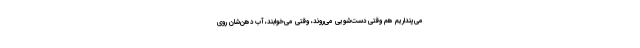
می‌پنداریم هم وقتی دست‌شویی می‌روند، وقتی می‌خوابند، آبِ دهن‌شان روی